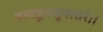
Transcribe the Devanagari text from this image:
वस्वङ्कबसुवत्सरे।।